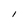
Character: I